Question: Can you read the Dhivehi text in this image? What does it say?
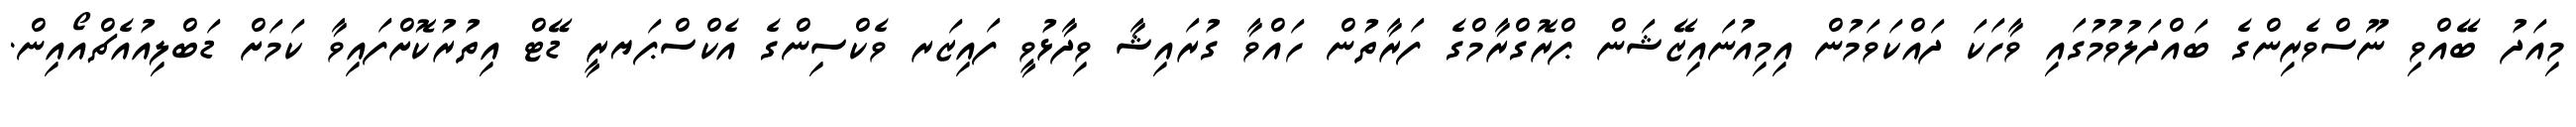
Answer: މިއަދު ބޭއްވި ނޫސްވެރިންގެ ބައްދަލުވުމުގައި ވާހަކަ ދައްކަވަމުން އިމިއުނައިޒޭޝަން ޕްރޮގްރާމްގެ ފަރާތުން ހައްވާ ގުރައިޝާ ވިދާޅުވީ ފައިޒަރ ވެކްސިންގެ އެކްސްޕަޔރީ ޑޭޓް އިތުރުކޮށްފައިވާ ކަމަށް ޑަބްލިއުއެޗްއޯއިން.